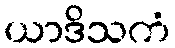
ယာဒိသကံ